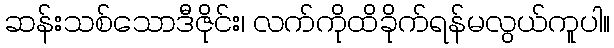
ဆန်းသစ်သောဒီဇိုင်း၊ လက်ကိုထိခိုက်ရန်မလွယ်ကူပါ။